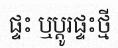
ផ្ទះ ឬប្តូរផ្ទះថ្មី